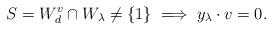
LaTeX: \begin{align*} S = W_d^v \cap W_\lambda \ne \{1\} \implies y_\lambda \cdot v = 0. \end{align*}